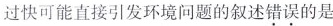
过快可能直接引发环境问题的叙述错误的是